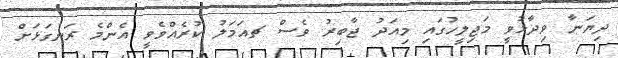
ދިޔަނާ ވިދާޅުވީ މަޖިލީހުގައި މިއަދު ޖާބިރު ވެސް ޗއަމަލު ކުރެއްވެވީ އެންމެ ރަނގަޅަށް